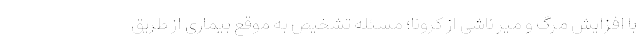
با افزایش مرگ و میر ناشی از کرونا؛ مسئله تشخیص به موقع بیماری از طریق